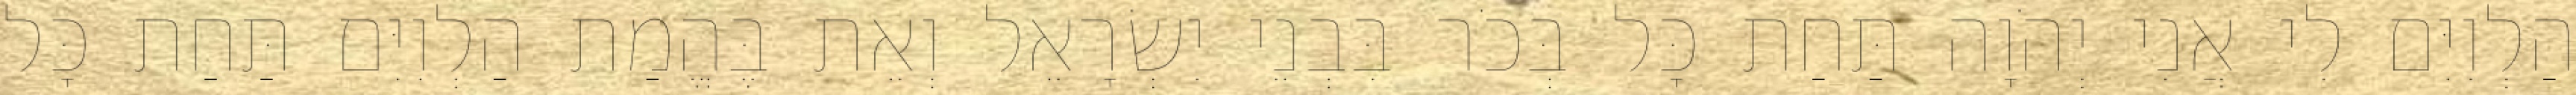
הַלְוִיִּם לִי אֲנִי יְהֹוָה תַּחַת כָּל בְּכֹר בִּבְנֵי יִשְׂרָאֵל וְאֵת בֶּהֱמַת הַלְוִיִּם תַּחַת כָּל